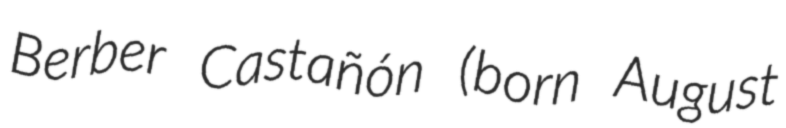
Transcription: Berber Castañón (born August